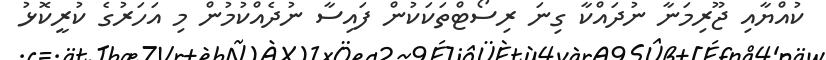
ކުއްޔާއި ޖޫރިމަނާ ނުދައްކާ ގިނަ ރިސޯޓްތަކަކުން ފައިސާ ނުދެއްކުމުން މި އަހަރުގެ ކުރީކޮޅު